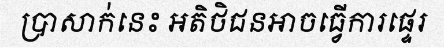
ប្រាសាក់នេះ អតិថិជនអាចធ្វើការផ្ទេរ